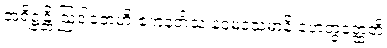
အရိဋ္ဌန္တိ ဩဒါတေဟိ ဧကူနတိံသ နဝမဒသမာနိ ဟေတွတ္ထေတိ